画像に写った文字を読んでください
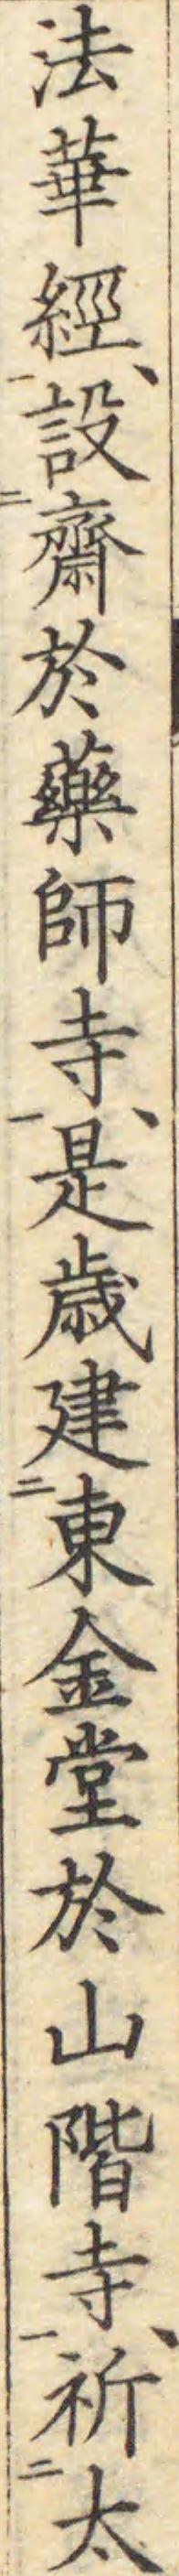
「法華經、設齋於藥師寺、是歳建東金堂於山階寺、祈太」と書いてあります